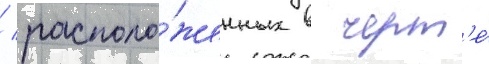
/ располо́женных в черт'е́